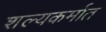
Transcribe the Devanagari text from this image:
शल्यकर्मात